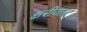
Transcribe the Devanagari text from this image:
क्षरीयता